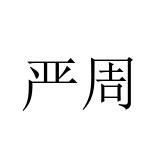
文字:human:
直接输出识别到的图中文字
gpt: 严周